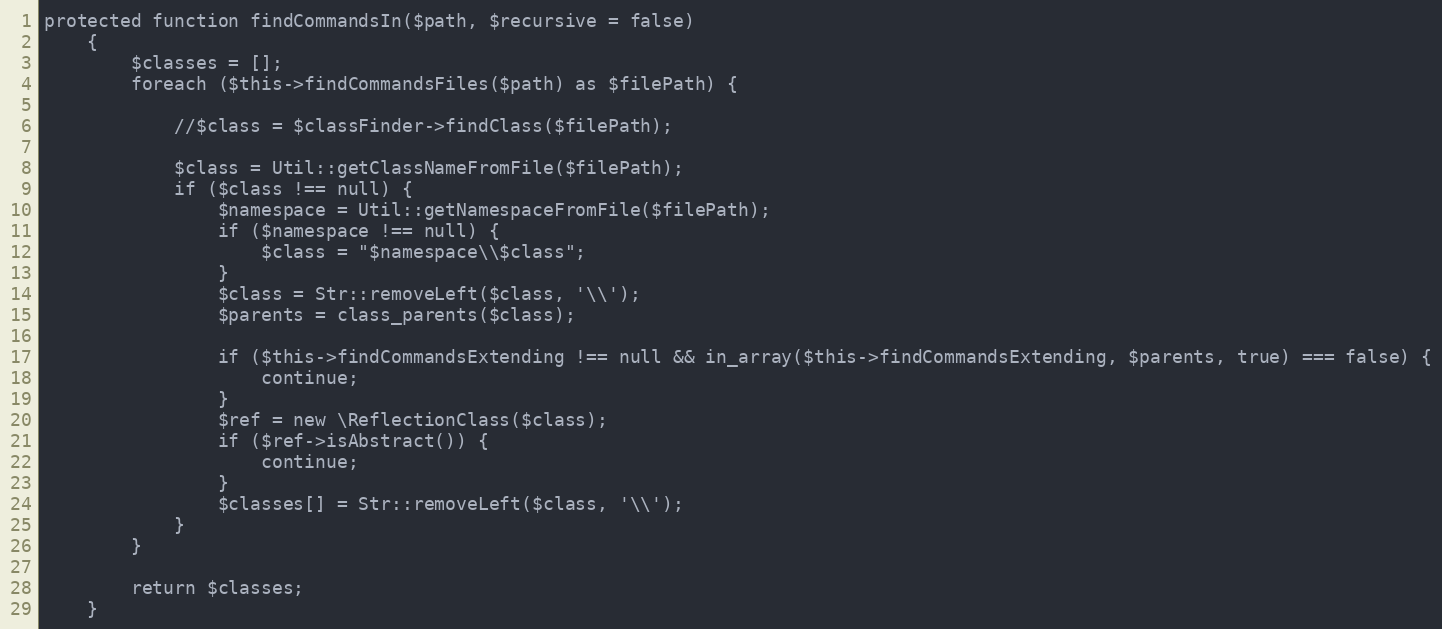
Language: PHP
protected function findCommandsIn($path, $recursive = false)
    {
        $classes = [];
        foreach ($this->findCommandsFiles($path) as $filePath) {

            //$class = $classFinder->findClass($filePath);

            $class = Util::getClassNameFromFile($filePath);
            if ($class !== null) {
                $namespace = Util::getNamespaceFromFile($filePath);
                if ($namespace !== null) {
                    $class = "$namespace\\$class";
                }
                $class = Str::removeLeft($class, '\\');
                $parents = class_parents($class);

                if ($this->findCommandsExtending !== null && in_array($this->findCommandsExtending, $parents, true) === false) {
                    continue;
                }
                $ref = new \ReflectionClass($class);
                if ($ref->isAbstract()) {
                    continue;
                }
                $classes[] = Str::removeLeft($class, '\\');
            }
        }

        return $classes;
    }